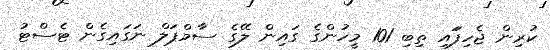
ކުރިން ޖެހިފަައި ތިބި 101 މީހުންގެ ގައިން ލޭގެ ސާމްޕަލް ނަގައިގެން ޓެސްޓު